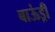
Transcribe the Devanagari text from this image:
बाऊंड्री